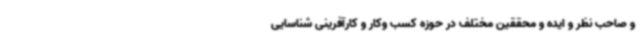
و صاحب نظر و ایده و محققین مختلف در حوزه کسب وکار و کارآفرینی شناسایی